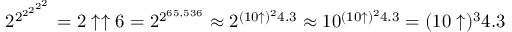
2 ^ { 2 ^ { 2 ^ { 2 ^ { 2 ^ { 2 } } } } } = 2 \uparrow \uparrow 6 = 2 ^ { 2 ^ { 6 5 , 5 3 6 } } \approx 2 ^ { ( 1 0 \uparrow ) ^ { 2 } 4 . 3 } \approx 1 0 ^ { ( 1 0 \uparrow ) ^ { 2 } 4 . 3 } = ( 1 0 \uparrow ) ^ { 3 } 4 . 3